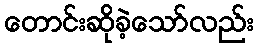
တောင်းဆိုခဲ့သော်လည်း